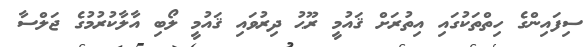
ސިފައިންގެ ހިތްތަކުގައި އިތުރަށް ޤައުމީ ރޫޙު ދިރުވައި ޤައުމީ ލޯބި އާލާކުރުމުގެ ޖަލްސާ